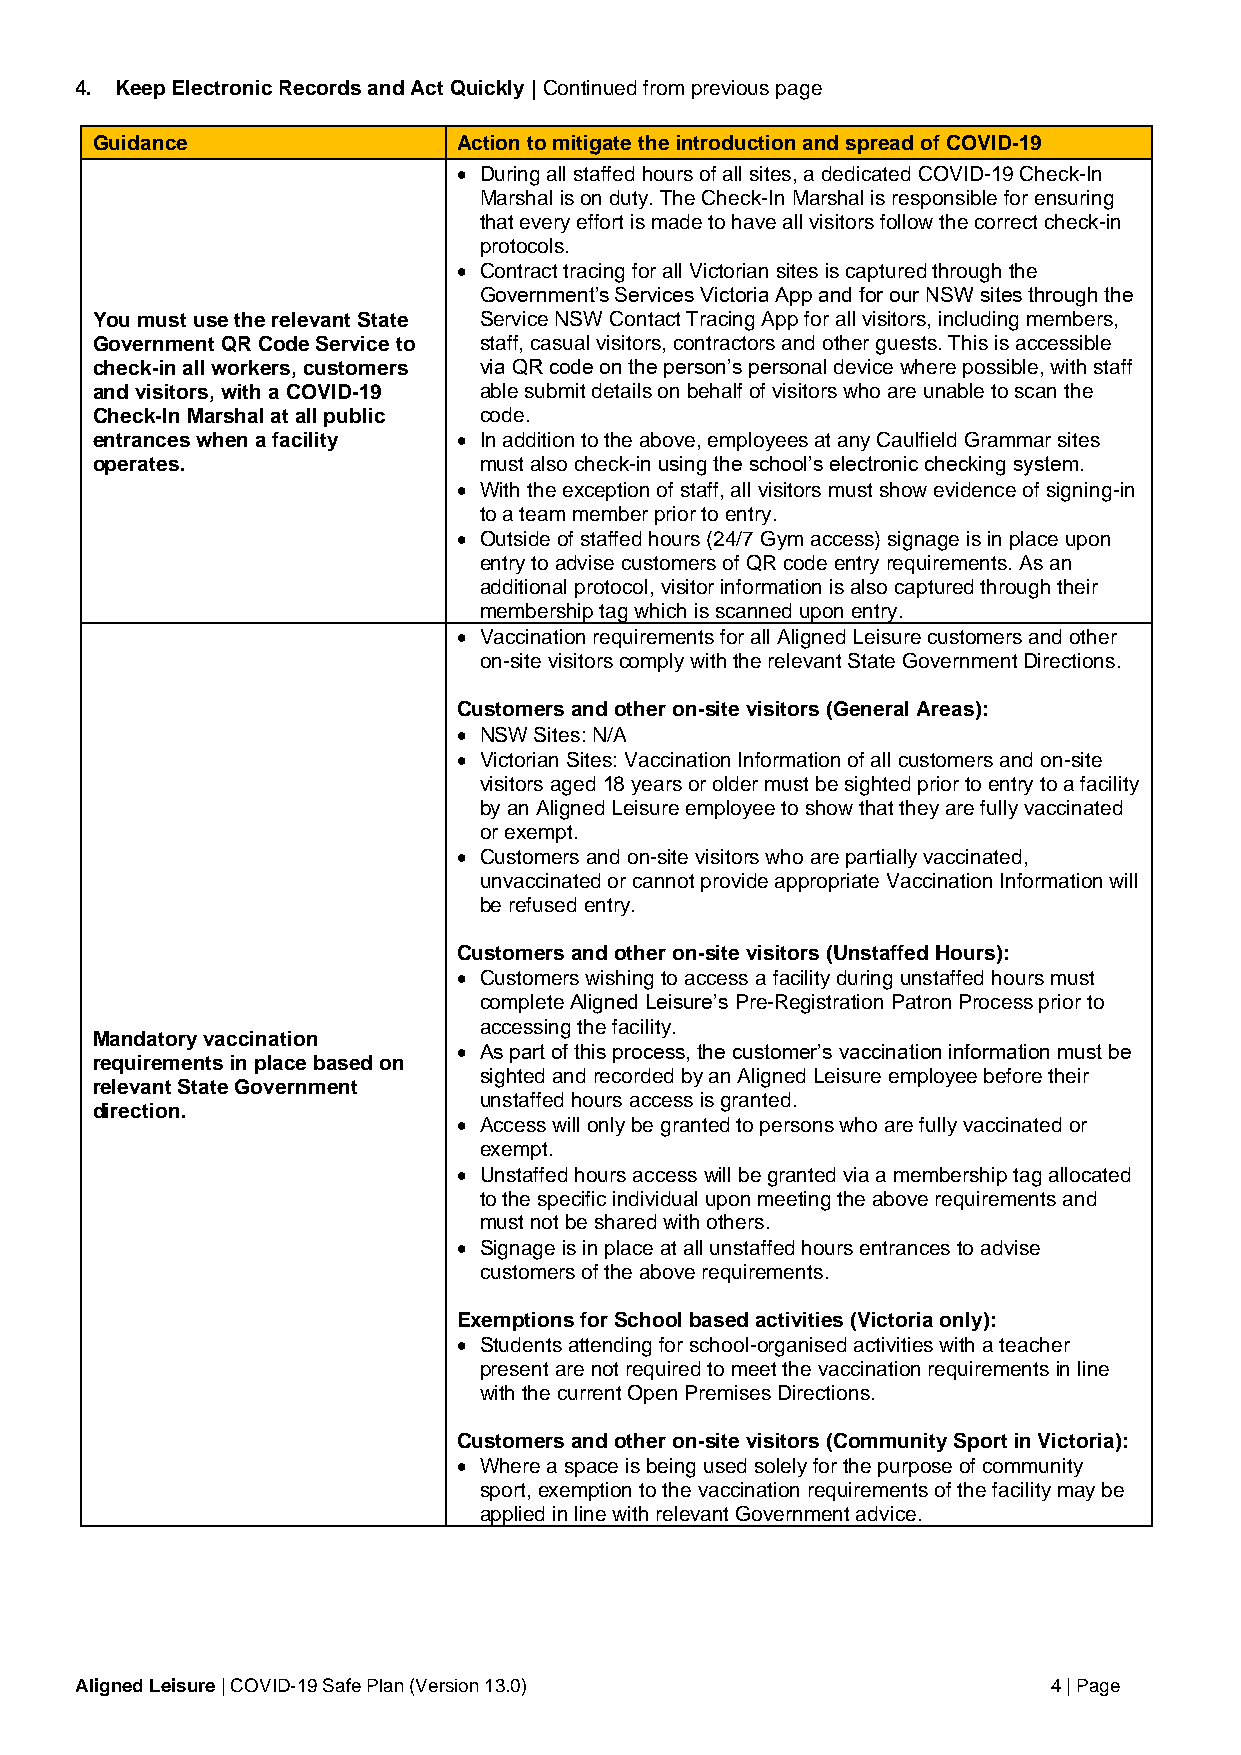
4. Keep Electronic Records and Act Quickly | Continued from previous page
 Guidance                Action to mitigate the introduction and spread of COVID-19
 • During all staffed hours of all sites, a dedicated COVID-19 Check-In
 Marshal is on duty. The Check-In Marshal is responsible for ensuring
 that every effort is made to have all visitors follow the correct check-in
 protocols.
 • Contract tracing for all Victorian sites is captured through the
 Government’s Services Victoria App and for our NSW sites through the
 You must use the relevant State Service NSW Contact Tracing App for all visitors, including members,
 Government QR Code Service to staff, casual visitors, contractors and other guests. This is accessible
 check-in all workers, customers via QR code on the person’s personal device where possible, with staff
 and visitors, with a COVID-19 able submit details on behalf of visitors who are unable to scan the
 Check-In Marshal at all public code.
 entrances when a facility • In addition to the above, employees at any Caulfield Grammar sites
 operates.                 must also check-in using the school’s electronic checking system.
 • With the exception of staff, all visitors must show evidence of signing-in
 to a team member prior to entry.
 • Outside of staffed hours (24/7 Gym access) signage is in place upon
 entry to advise customers of QR code entry requirements. As an
 additional protocol, visitor information is also captured through their
 membership tag which is scanned upon entry.
 • Vaccination requirements for all Aligned Leisure customers and other
 on-site visitors comply with the relevant State Government Directions.
 Customers and other on-site visitors (General Areas):
 • NSW Sites: N/A
 • Victorian Sites: Vaccination Information of all customers and on-site
 visitors aged 18 years or older must be sighted prior to entry to a facility
 by an Aligned Leisure employee to show that they are fully vaccinated
 or exempt.
 • Customers and on-site visitors who are partially vaccinated,
 unvaccinated or cannot provide appropriate Vaccination Information will
 be refused entry.
 Customers and other on-site visitors (Unstaffed Hours):
 • Customers wishing to access a facility during unstaffed hours must
 complete Aligned Leisure’s Pre-Registration Patron Process prior to
 accessing the facility.
 Mandatory vaccination
 • As part of this process, the customer’s vaccination information must be
 requirements in place based on
 sighted and recorded by an Aligned Leisure employee before their
 relevant State Government
 unstaffed hours access is granted.
 direction.
 • Access will only be granted to persons who are fully vaccinated or
 exempt.
 • Unstaffed hours access will be granted via a membership tag allocated
 to the specific individual upon meeting the above requirements and
 must not be shared with others.
 • Signage is in place at all unstaffed hours entrances to advise
 customers of the above requirements.
 Exemptions for School based activities (Victoria only):
 • Students attending for school-organised activities with a teacher
 present are not required to meet the vaccination requirements in line
 with the current Open Premises Directions.
 Customers and other on-site visitors (Community Sport in Victoria):
 • Where a space is being used solely for the purpose of community
 sport, exemption to the vaccination requirements of the facility may be
 applied in line with relevant Government advice.
 Aligned Leisure | COVID-19 Safe Plan (Version 13.0)              4 | Page